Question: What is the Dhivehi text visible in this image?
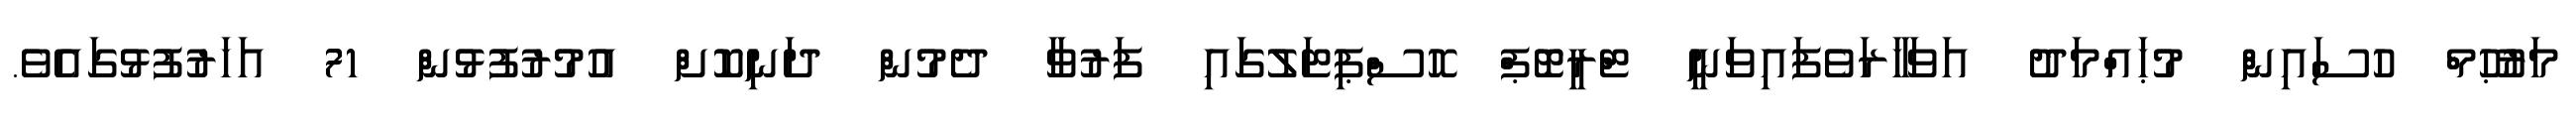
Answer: މަރުޙޫމް ހުސައިން މުޙައްމަދު އަވަހާރަވެފައިވަނީ ޓްރީޓޮޕް ހޮސްޕިޓަލުގައި ފަރުވާ ދެމުން ދަނިކޮށް އުމުރުފުޅުން 71 އަހަރުފުޅުގައެވެ.